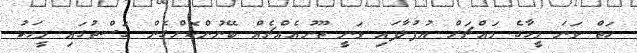
ހަތް ވަނަ މީހާގެ މައްޗަށް އުފުލާފައި ވަނީ ތޫނުއެއްޗެއް ބޭނުންކޮށްގެން ގަސްތުގައި މީހަކު